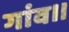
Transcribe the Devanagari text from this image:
गांव।।